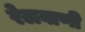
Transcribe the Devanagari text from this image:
रेलवाणी